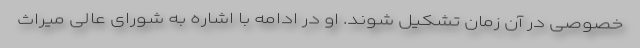
خصوصی در آن زمان تشکیل شوند. او در ادامه با اشاره به شورای عالی میراث